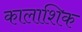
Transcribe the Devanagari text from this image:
कालाशिक